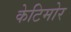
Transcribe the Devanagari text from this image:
केटिमोर